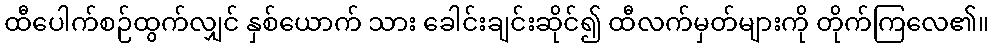
ထီပေါက်စဉ်ထွက်လျှင် နှစ်ယောက် သား ခေါင်းချင်းဆိုင်၍ ထီလက်မှတ်များကို တိုက်ကြလေ၏။